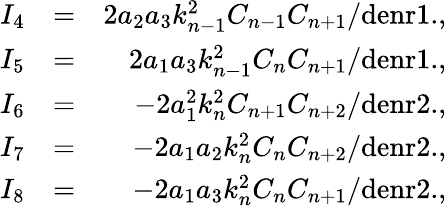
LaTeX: \begin{array}{rlr}{I_{4}}&{=}&{2a_{2}a_{3}k_{n-1}^{2}C_{n-1}C_{n+1}/\mathrm{denr1.},}\\ {I_{5}}&{=}&{2a_{1}a_{3}k_{n-1}^{2}C_{n}C_{n+1}/\mathrm{denr1.},}\\ {I_{6}}&{=}&{-2a_{1}^{2}k_{n}^{2}C_{n+1}C_{n+2}/\mathrm{denr2.},}\\ {I_{7}}&{=}&{-2a_{1}a_{2}k_{n}^{2}C_{n}C_{n+2}/\mathrm{denr2.},}\\ {I_{8}}&{=}&{-2a_{1}a_{3}k_{n}^{2}C_{n}C_{n+1}/\mathrm{denr2.},}\end{array}